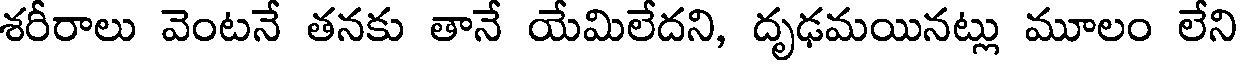
శరీరాలు వెంటనే తనకు తానే యేమిలేదని, దృఢమయినట్లు మూలం లేని